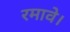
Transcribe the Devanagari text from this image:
रमावे।